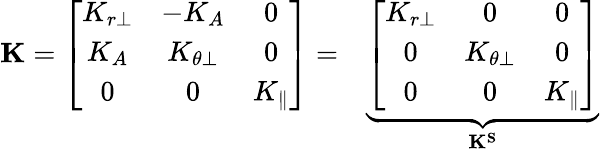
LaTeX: \begin{array}{rl}{\mathbf{K}=\left[\begin{array}{ccc}{K_{r\perp}}&{-K_{A}}&{0}\\ {K_{A}}&{K_{\theta\perp}}&{0}\\ {0}&{0}&{K_{\parallel}}\end{array}\right]=}&{{}\underbrace{\left[\begin{array}{ccc}{K_{r\perp}}&{0}&{0}\\ {0}&{K_{\theta\perp}}&{0}\\ {0}&{0}&{K_{\parallel}}\end{array}\right]}_{\mathbf{K^{S}}}}\end{array}